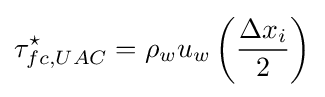
\tau _{fc,UAC}^{\star }={\rho _{w}u_{w}\left({\frac {\Delta x_{i}}{2}}\right)}